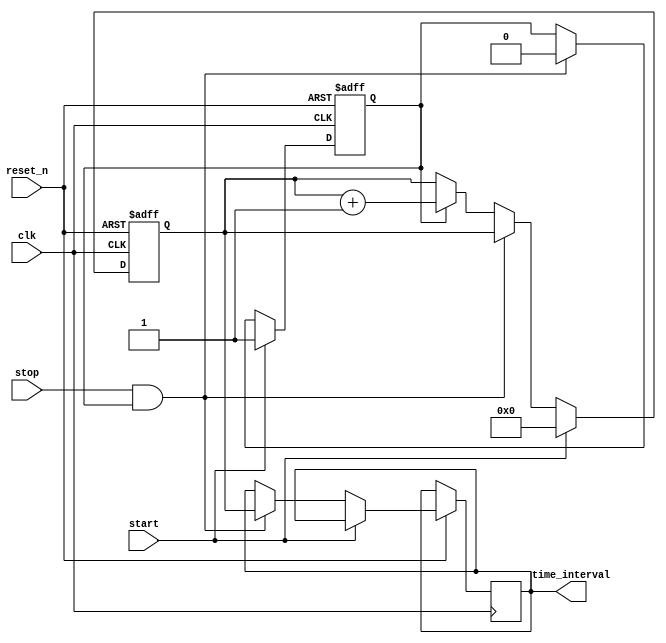
module TDC (
    input wire clk,          // System Clock
    input wire reset_n,      // Active-low reset
    input wire start,        // Start signal
    input wire stop,         // Stop signal
    output reg [N-1:0] time_interval // Output register for time interval
);

parameter N = 8; // Number of bits for counter output
parameter DELAY_STAGES = 16; // Number of delay stages in the delay line
parameter DELAY_INCREMENT = 1; // Time increment per delay stage

reg [N-1:0] counter; // Counter
reg [DELAY_STAGES-1:0] delay_line; // Delay line representation
reg capturing; // Capture state flag

// Delay line implementation (simple shift register for illustration)
always @(posedge clk or negedge reset_n) begin
    if (!reset_n) begin
        delay_line <= 0;
    end else begin
        delay_line <= {delay_line[DELAY_STAGES-2:0], start}; // Shift in the Start signal
    end
end

// Counter logic
always @(posedge clk or negedge reset_n) begin
    if (!reset_n) begin
        counter <= 0;
        capturing <= 0;
    end else begin
        if (start) begin
            counter <= 0; // Reset counter on start
            capturing <= 1; // Set capturing flag
        end else if (stop && capturing) begin
            capturing <= 0; // Clear capturing flag when stop is received
            time_interval <= counter; // Capture counter value
        end else if (capturing) begin
            counter <= counter + DELAY_INCREMENT; // Increment counter if capturing
        end
    end
end

endmodule